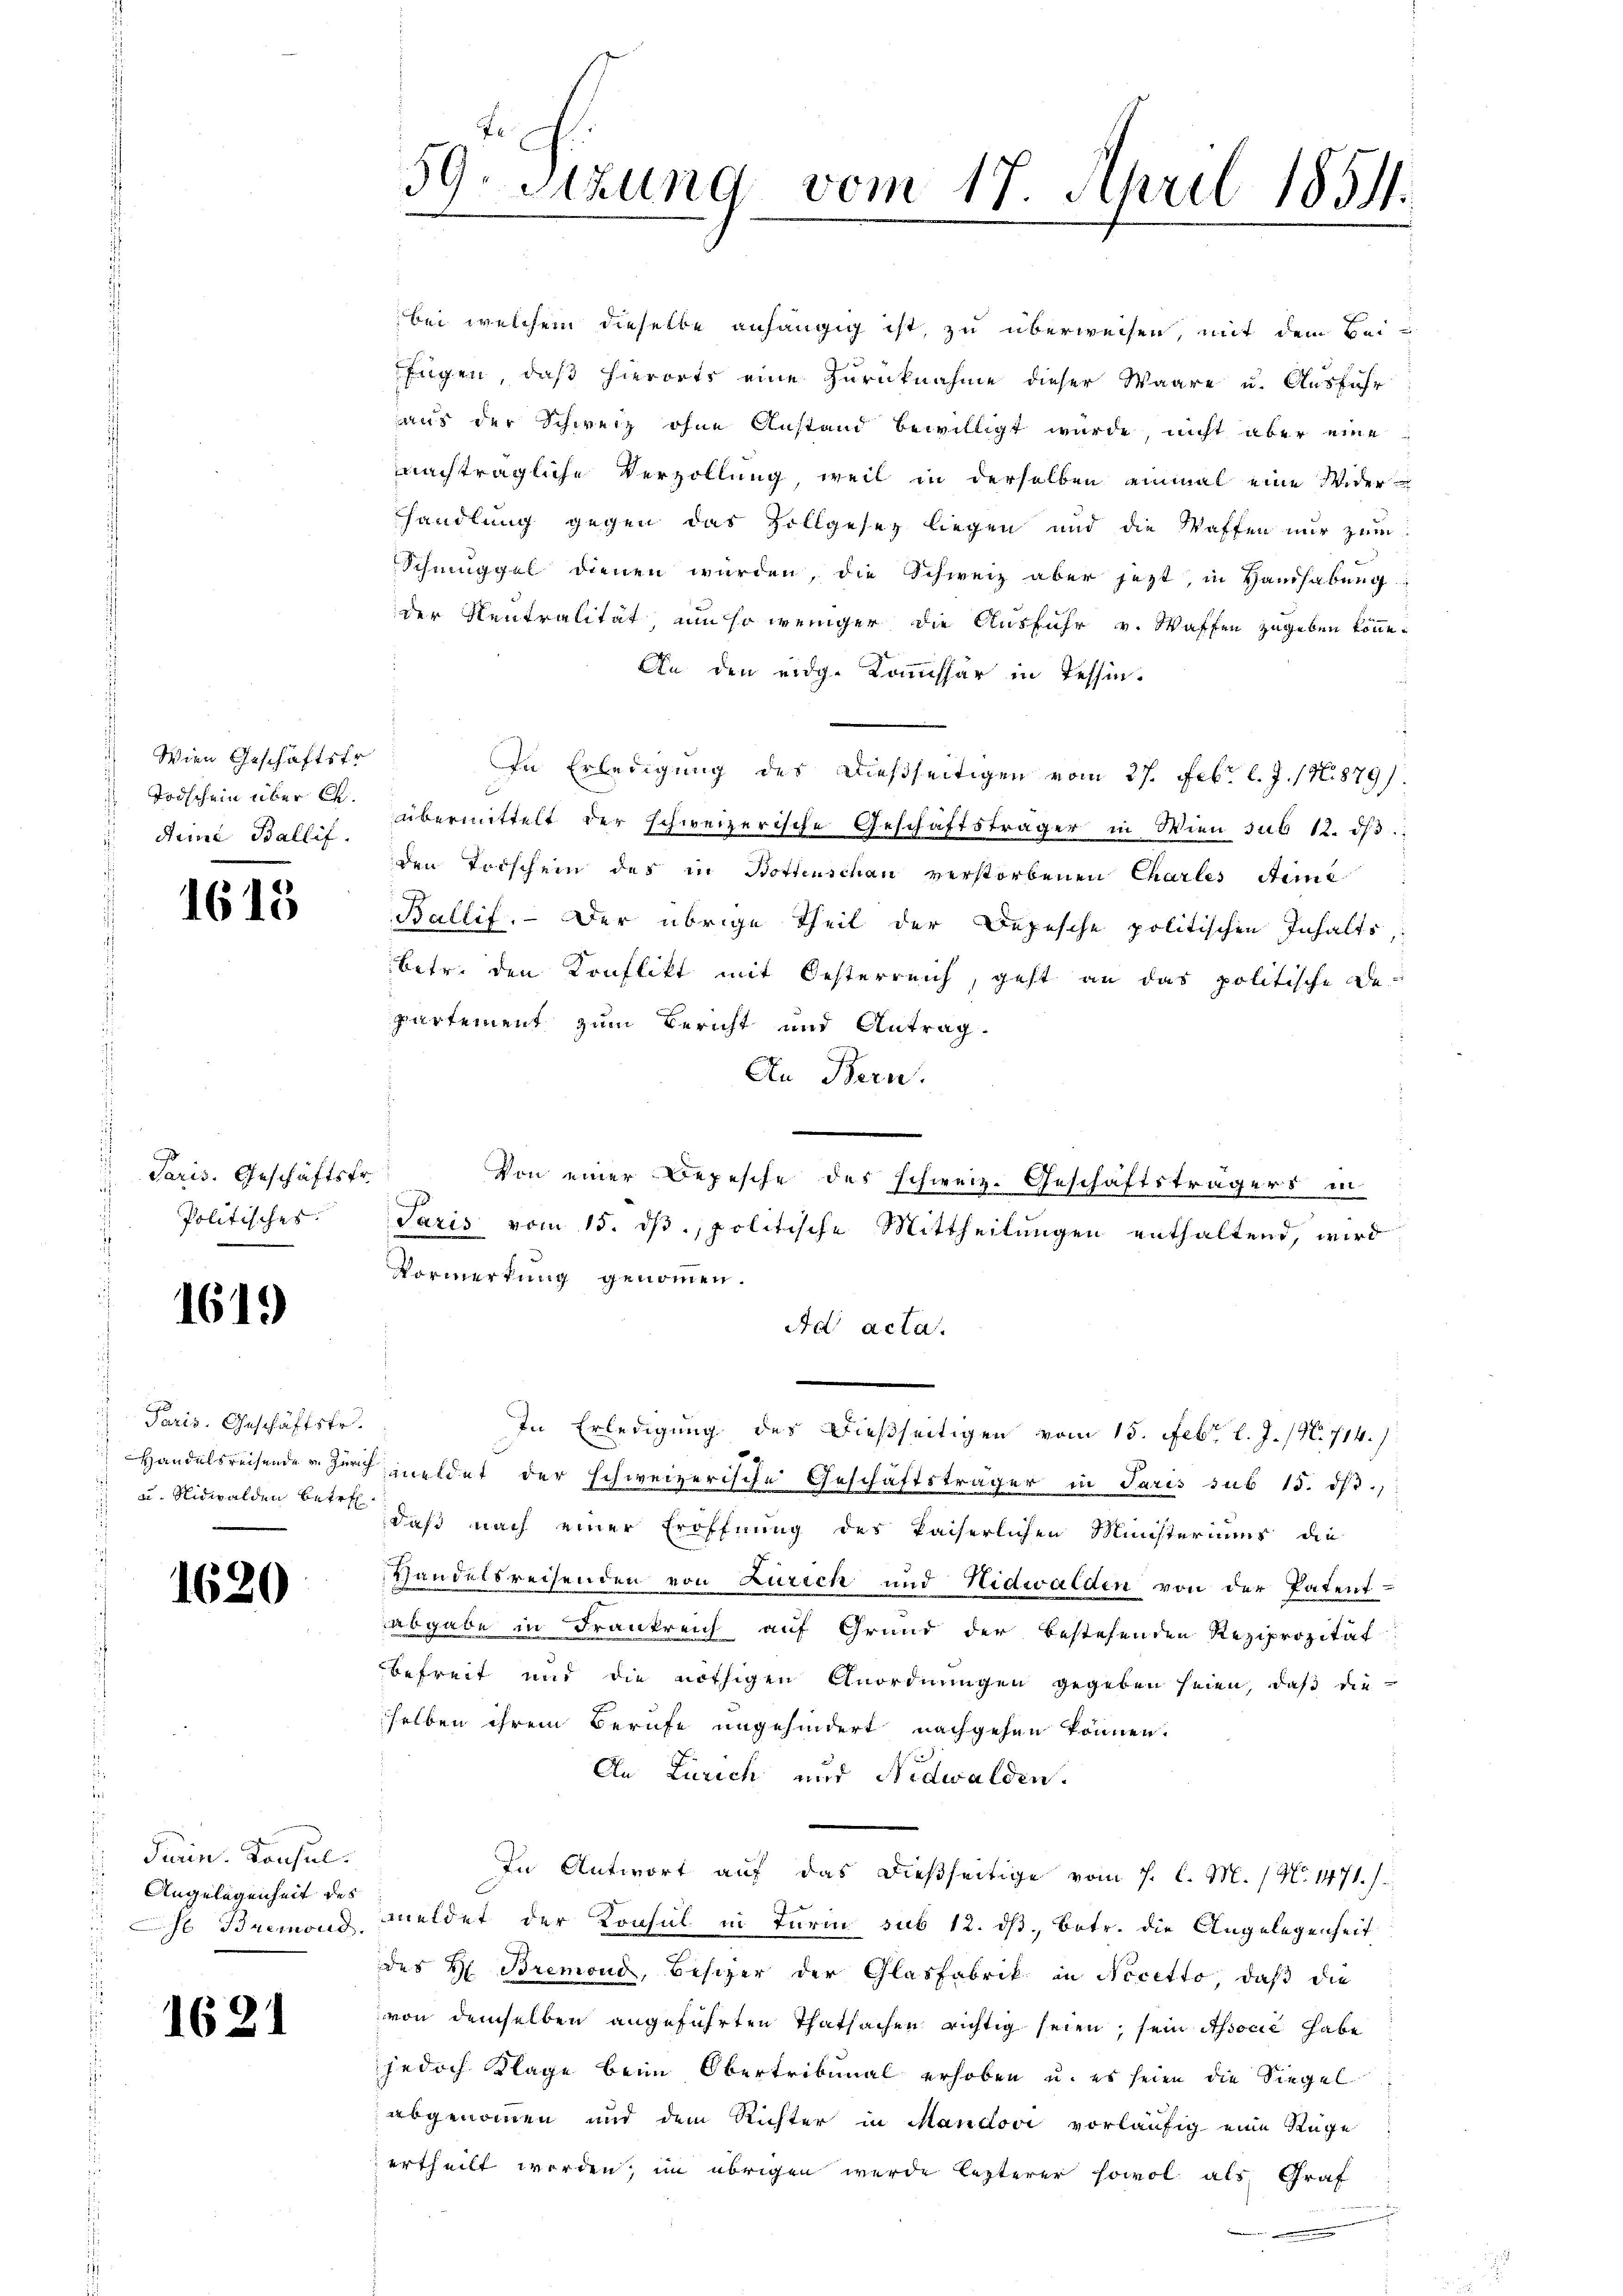
Wien Geschäftsfr.
Todschein über C.
Juni Ballif.

1615

Paris. Geschäftsfr.
Politisches

1619

Paris. Geschäftsfr.
 Handelsreisende v. Zürich
u. Nidwalden betref¬

1620

Turin. Konsul
Angelegenheit des
 Bremond.

1621

7
59. Sitzung vom 17. April 1851.
e

bei welchem dieselbe anhängig ist, zu überweisen, mit dem Beifügen, daß hierorts eine Zurücknahme dieser Waare u. Ausführ
aus der Schweiz ohne Anstand bewilligt wurde nicht aber eine
nachträgliche Verzollung, weil in derselben einmal eine Widerhandlung gegen das Zollgesez liegen und die Waffen nur zum
Schmuggel dienen würden, die Schweiz aber jezt, in Haushabung:
der Neutralität, um so weniger die Ausführ v. Waffen zugeben könne.
An den eidg. Kommissär in Tessin¬
In Erledigung des dießseitigen vom 27. Febr. l. J. 17. 879/
übermittelt der schweizerische Geschäftsträger in Wien sub 12. dβ
den Todschein des in Bottenschau verstorbenen Charles Steine
Ballif. - Der übrige Theil der Depesche politischen Inhalts
betr. den Konflikt mit Oesterreich, geht an das politische Departement zum Bericht und Antrag.
An Bern.
Von einer Depesche des schweiz. Geschäftsträgers in
Paris vom 15. ds, politische Mittheilungen enthaltend, wird
Vormerkung genommen.
Ad acta.
In Erledigung des Dießseitigen vom 15. Febr. l. J. (N. 714.)
meldet der schweizerische Geschäftsträger in Paris sub 15. ds.,
daß nach einer Eröffnung des kaiserlichen Ministeriums die
Handelsreisenden von Lurech und Nidwalden von der Patent-
abgabe in Frankreich auf Grund der bestehenden Reziprozität
Befreit und die nöthigen Anordnungen gegeben seien, daß die
selben ihrem Berufe ungehindert nachgehen können.
An Zürich und Nidwalden.
In Antwort auf das dießseitige vom 1. l. M. / No. 1471.
meldet der Konsul in Turm sub 12. ds., betr. die Angelegenheit
des H. Bremond, Besizer der Glasfabrik in Necetto, daß die
von demselben angeführten Thatsachen richtig seien, sein Associe habe
jedoch Klage beim Obertribunal erhoben u. es seien die Siegel
abgenommen und dem Richter in Mandovi vorläufig eine Tage
ertheilt worden; im übrigen wurde lezterer sowol als Graf